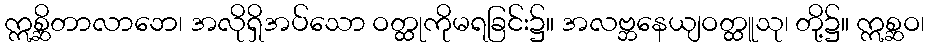
ဣစ္ဆိတာလာဘေ၊ အလိုရှိအပ်သော ဝတ္ထုကိုမရခြင်း၌။ အလဗ္ဘနေယျဝတ္ထူသု၊ တို့၌။ ဣစ္ဆဝ၊